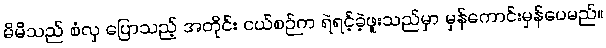
မိမိသည် စံလှ ပြောသည့် အတိုင်း ငယ်စဉ်က ရဲရင့်ခဲ့ဖူးသည်မှာ မှန်ကောင်းမှန်ပေမည်။